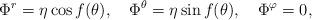
LaTeX: \begin{align*}\Phi^r= \eta \cos f(\theta),~~~\Phi^{\theta}= \eta \sin f(\theta),~~~\Phi^{\varphi}=0,\end{align*}